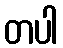
တပါ